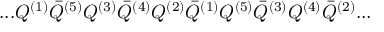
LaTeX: . . . Q ^ { ( 1 ) } { \bar { Q } } ^ { ( 5 ) } Q ^ { ( 3 ) } { \bar { Q } } ^ { ( 4 ) } Q ^ { ( 2 ) } { \bar { Q } } ^ { ( 1 ) } Q ^ { ( 5 ) } { \bar { Q } } ^ { ( 3 ) } Q ^ { ( 4 ) } { \bar { Q } } ^ { ( 2 ) } . . .